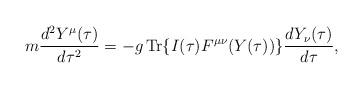
LaTeX: \begin{align*}m \frac{d^2 Y^\mu(\tau)}{d\tau^2} = -g \,\mbox{\rm Tr} \{I(\tau)F^{\mu\nu}(Y(\tau)) \} \frac{d Y_\nu(\tau)}{d \tau},\end{align*}